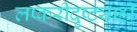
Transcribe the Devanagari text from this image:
लष्करीदृष्ट्याही